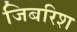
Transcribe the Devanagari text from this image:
जिबरिश